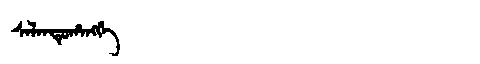
Manchu: ᠰᠠᠯᠠᠨᡩᡠᡥᠠᠩᡤᡝ
Romanization: SALANDUHANGGE